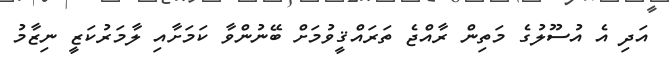
އަދި އެ އުސޫލުގެ މަތިން ރާއްޖެ ތަރައްޤީވުމަށް ބޭނުންވާ ކަމަށާއި ލާމަރުކަޒީ ނިޒާމު